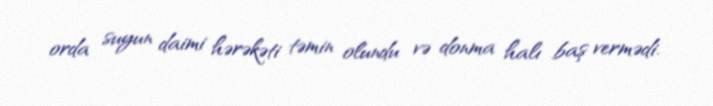
orda suyun daimi hərəkəti təmin olundu və donma halı baş vermədi.